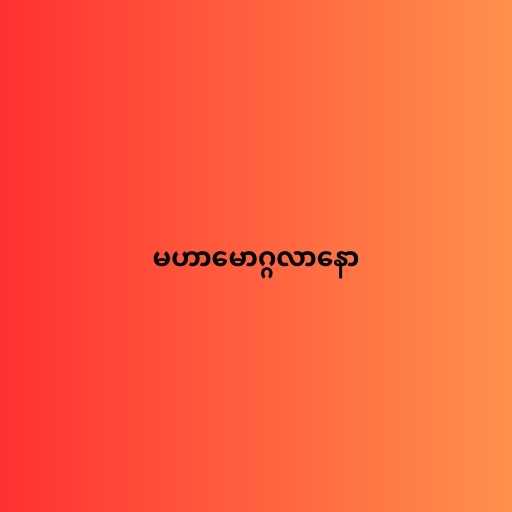
မဟာမောဂ္ဂလာနော